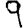
Digit: 9